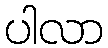
ပါလာ